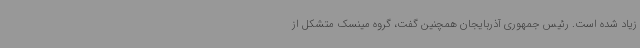
زیاد شده است. رئیس جمهوری آذربایجان همچنین گفت، گروه مینسک متشکل از